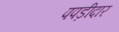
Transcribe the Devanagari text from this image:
पपड़ीदार